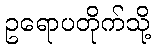
ဥရောပတိုက်သို့